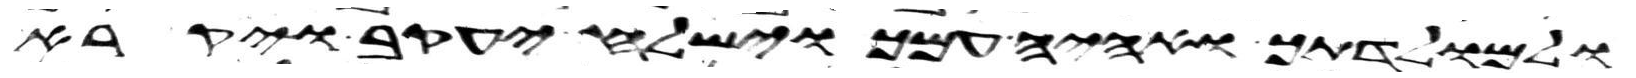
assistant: ואל מולדתך ואהיה עמך וישלח יעקב ויקרא